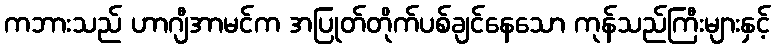
ကဘားသည် ဟာဂျီအာမင်က အပြုတ်တိုက်ပစ်ချင်နေသော ကုန်သည်ကြီးများနှင့်